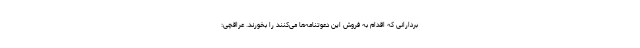
بردارانی که اقدام به فروش این دعوتنامه‌ها می‌کنند را بخورند. عراقچی: